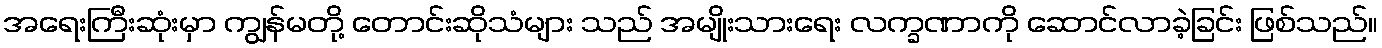
အရေးကြီးဆုံးမှာ ကျွန်မတို့ တောင်းဆိုသံများ သည် အမျိုးသားရေး လက္ခဏာကို ဆောင်လာခဲ့ခြင်း ဖြစ်သည်။